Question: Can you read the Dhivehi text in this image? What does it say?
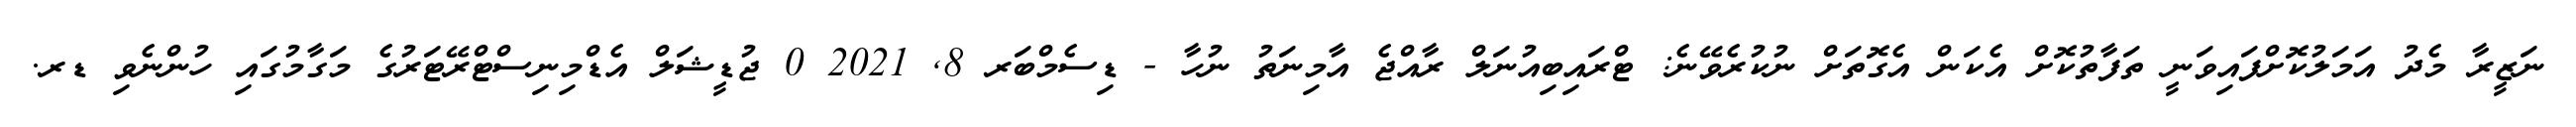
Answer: ނަޒީރާ މެދު އަމަލުކޮށްފައިވަނީ ތަފާތުކޮށް އެކަން އެގޮތަށް ނުކުރެވޭނެ: ޓްރައިބިއުނަލް ރާއްޖެ އާމިނަތު ނުހާ - ޑިސެމްބަރ 8, 2021 0 ޖުޑީޝަލް އެޑްމިނިސްޓްރޭޓަރުގެ މަގާމުގައި ހުންނެވި ޑރ.